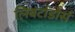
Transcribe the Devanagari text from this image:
लिबर्टाडोर्स